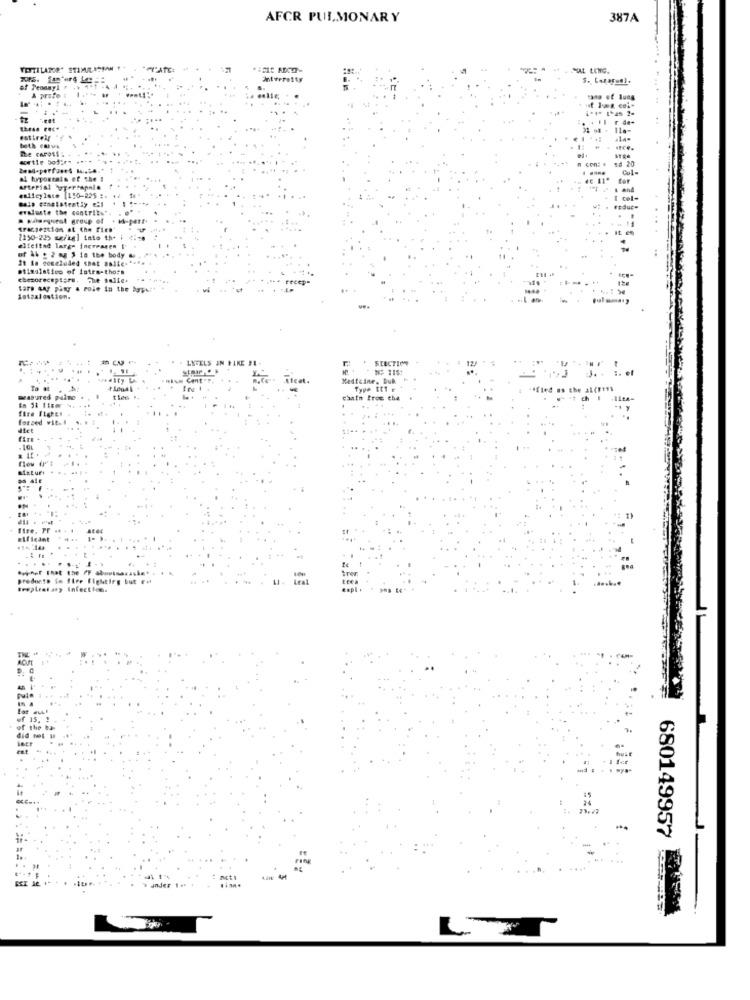
AFCR PULMONARY
387A
VENTILATOR" STIMUL ASMAN .. . "CATE:
HAL LENG.
Mirereity
of Peonay1 .
A proto
tano of lung
these Fece
11 .-
estirelf
The carost :
beth en -.
n con: # 18 20
Cul-
al hypostate of the !
for
Arterial yerrapala
" I and
#ulicylate [150-225 #.
Bals einelateatly 21
I col-
eraluste the contribs".
. Malarquest group of . M-part.
fracsezcion at the fire'
(150-22> sz/kg] into the # 41;
alfeited large increasen i
of 1b + 2 mg 1 10 the body &
It in concluded spat Balle." ...
otimalatico of istes-thors
chezoreceptors. The salle.
tare tay pany . role in the boweit
Satsalostion.
* SERCTIM
LNTELS IN FAKE FE-
Medicine, Buk
. i. et
To #
-ified as the al(F ***
Masured pine
tien ..
chata froc che
forsed vit.
elficant
1. ).
predunto io fire fighting but et
Brøpleat ary Infections
680149957